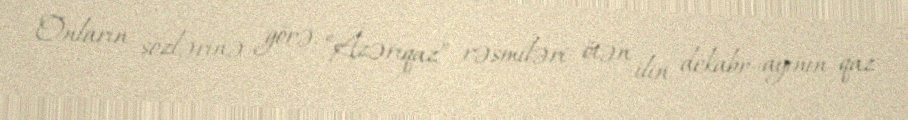
Onların sözlərinə görə, “Azəriqaz” rəsmiləri ötən ilin dekabr ayının qaz